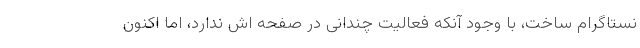
نستاگرام ساخت، با وجود آنکه فعالیت چندانی در صفحه اش ندارد، اما اکنون